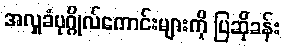
အလှူခံပုဂ္ဂိုလ်ကောင်းများကို ပြဆိုခန်း